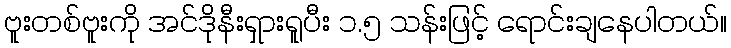
ဗူးတစ်ဗူးကို အင်ဒိုနီးရှားရူပီး ၁.၅ သန်းဖြင့် ရောင်းချနေပါတယ်။